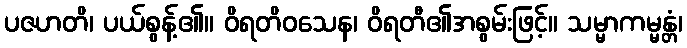
ပဇဟတိ၊ ပယ်စွန့်၏။ ဝိရတိဝသေန၊ ဝိရတီ၏အစွမ်းဖြင့်။ သမ္မာကမ္မန္တံ၊